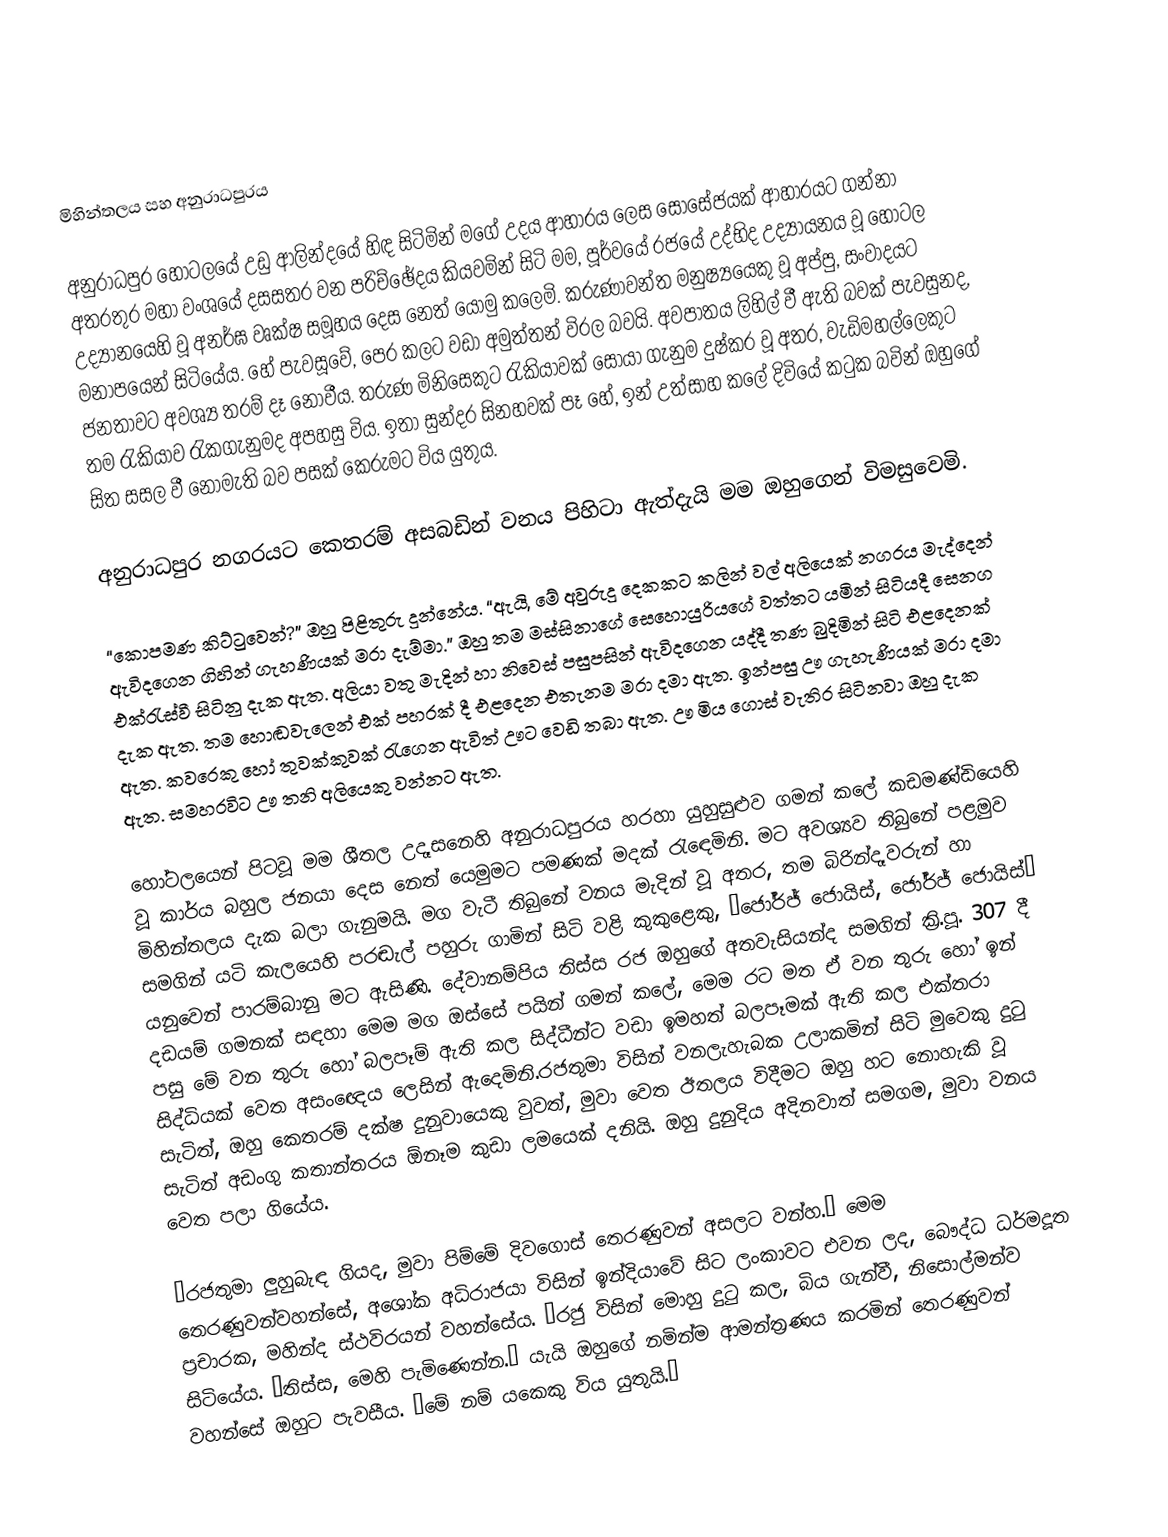

මිහින්තලය සහ අනුරාධපුරය

 අනුරාධපුර හෝටලයේ උඩු ආලින්දයේ හිඳ සිටිමින් මගේ උදය ආහාරය ලෙස සොසේජයක් ආහාරයට ගන්නා අතරතුර  මහා වංශයේ දසසතර වන පරිච්ඡේදය කියවමින් සිටි මම, පූර්වයේ රජයේ උද්භිද උද්‍යායනය වූ හෝටල උද්‍යානයෙහි වූ අනර්ඝ වෘක්ෂ සමූහය දෙස නෙත් යොමු කලෙමි. කරුණාවන්ත මනුෂ්‍යයෙකු වූ අප්පු, සංවාදයට මනාපයෙන් සිටියේය. හේ පැවසූවේ,  පෙර කලට වඩා අමුත්තන් විරල බවයි. අවපාතය ලිහිල් වී ඇති බවක් පැවසුනද, ජනතාවට අවශ්‍ය තරම් දෑ නොවීය. තරුණ මිනි‍සෙකුට රැකියාවක් සොයා ගැනුම දුෂ්කර වූ අතර, වැඩිමහල්ලෙකුට තම රැකියාව රැකගැනුමද අපහසු විය. ඉතා සුන්දර සිනහවක් පෑ හේ, ඉන් උත්සාහ කලේ දිවියේ කටුක බවින් ඔහුගේ සිත සසල වී නොමැති බව පසක් කෙරුමට විය යුතුය.

අනුරාධපුර නගරයට කෙතරම් අසබඩින් වනය පිහිටා ඇත්දැයි මම ඔහුගෙන් විමසුවෙමි.

“කොපමණ කිට්ටුවෙන්?” ඔහු පිළිතුරු දුන්නේය. “ඇයි, මේ අවුරුදු දෙකකට කලින් වල් අලියෙක් නගරය මැද්දෙන් ඇවිදගෙන ගිහින් ගැහණියක් මරා දැම්මා.” ඔහු තම මස්සිනාගේ සෙහොයුරියගේ වත්තට යමින් සිටියදී සෙනග එක්රැස්වී සිටිනු දැක ඇත. අලියා  වතු මැදින් හා නිවෙස් පසුපසින් ඇවිදගෙන යද්දී තණ බුදිමින් සිටි එළදෙනක් දැක ඇත. තම හොඬවැලෙන් එක් පහරක් දී එළදෙන එතැනම මරා දමා ඇත. ඉන්පසු  ඌ ගැහැණියක් මරා දමා ඇත. කවරෙකු හෝ තුවක්කුවක් රැගෙන ඇවිත් ඌට වෙඩි තබා ඇත. ඌ මිය ගොස් වැතිර සිටිනවා ඔහු දැක ඇත. සමහරවිට ඌ තනි අලියෙකු වන්නට ඇත.

හෝටලයෙන් පිටවූ මම ශීතල උදෑසනෙහි අනුරාධපුරය හරහා යුහුසුළුව ගමන් කලේ කඩමණ්ඩියෙහි වූ කාර්ය බහුල ජනයා දෙස නෙත් යෙමුමට පමණක් මදක් රැ‍‍ඳෙමිනි. මට අවශ්‍යව තිබුනේ පළමුව මිහින්තලය දැක බලා ගැනුමයි. මග වැටී තිබුනේ වනය මැදින් වූ අතර, තම බිරින්දෑවරුන් හා සමගින් යටි කැලයෙහි පරඬැල් පහුරු ගාමින් සිටි  වළි කුකුළෙකු, “ජෝර්ජ් ජොයිස්,   ජෝර්ජ් ජොයිස්” යනුවෙන් පාරම්බානු මට ඇසිණි. දේවානම්පිය තිස්ස රජ ඔහුගේ අතවැසියන්ද සමගින් ක්‍රි.පූ. 307 දී දඩයම් ගමනක් සඳහා මෙම මග ඔස්සේ පයින් ගමන් කලේ, මෙම රට මත ඒ වන තුරු හෝ ඉන් පසු මේ වන තුරු හෝ බලපෑම් ඇති කල සිද්ධීන්ට වඩා ඉමහත් බලපෑමක් ඇති කල එක්තරා සිද්ධියක් වෙත අසංඥෙය ලෙසින් ඇදෙමිනි.රජතුමා විසින් වනලැහැබක උලාකමින් සිටි මුවෙකු දුටු සැටිත්, ඔහු කෙතරම් දක්ෂ දුනුවායෙකු වුවත්, මුවා වෙත ඊතලය විදීමට ඔහු හට නොහැකි වූ සැටිත් අඩංගු කතාන්තරය ඕනෑම කුඩා ලමයෙක් දනියි.  ඔහු දුනුදිය අදිනවාත් සමගම,  මුවා වනය වෙත පලා ගියේය.

‘රජතුමා ලුහුබැඳ ගියද, මුවා පිම්මේ දිවගොස් තෙරණුවන් අසලට වන්හ.’ මෙම තෙරණුවන්වහන්සේ, අශෝක අධිරාජයා විසින් ඉන්දියාවේ සිට ලංකාවට එවන ලද, බෞද්ධ ධර්මදූත ප්‍රචාරක, මහින්ද ස්ථවිරයන් වහන්සේය.  ‘රජු විසින් මොහු දුටු කල, බිය ගැන්වී, නිසොල්මන්ව සිටියේය. “තිස්ස, මෙහි පැමිණෙන්න.” යැයි ඔහුගේ නමින්ම ආමන්ත්‍රණය කරමින් තෙරණුවන් වහන්සේ ඔහුට පැවසීය. ‘මේ නම් යකෙකු විය යුතුයි.’